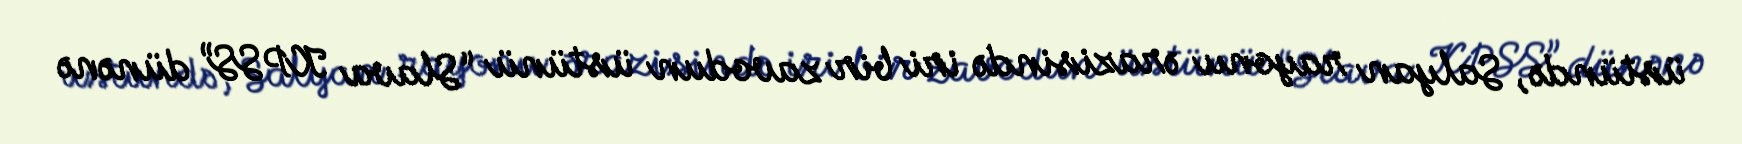
üstündə, Salyan rayonu ərazisində iri bir zavodun üstünü “Slava KPSS” dünənə